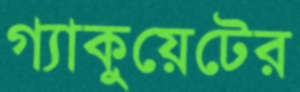
গ্যাকুয়েটের